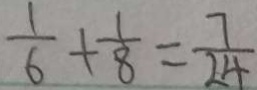
\frac { 1 } { 6 } + \frac { 1 } { 8 } = \frac { 7 } { 2 4 }